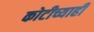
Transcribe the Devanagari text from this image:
कोटीच्याही